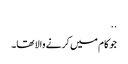
..
جو کام میں کرنے والا تھا۔